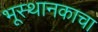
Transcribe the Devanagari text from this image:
भूस्थानकाचा